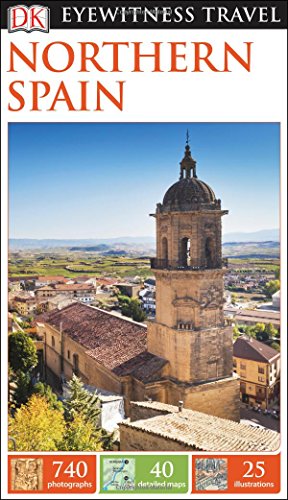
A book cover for DK Eyewitness Travel Guide: Northern Spain; DK Publishing; Travel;